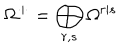
\Omega ^ { \cdot | \cdot } = \bigoplus _ { r , s } \Omega ^ { r | s }